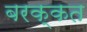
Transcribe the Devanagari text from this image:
बरक्कत